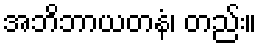
အဘိဘာယတနံ၊ တည်း။